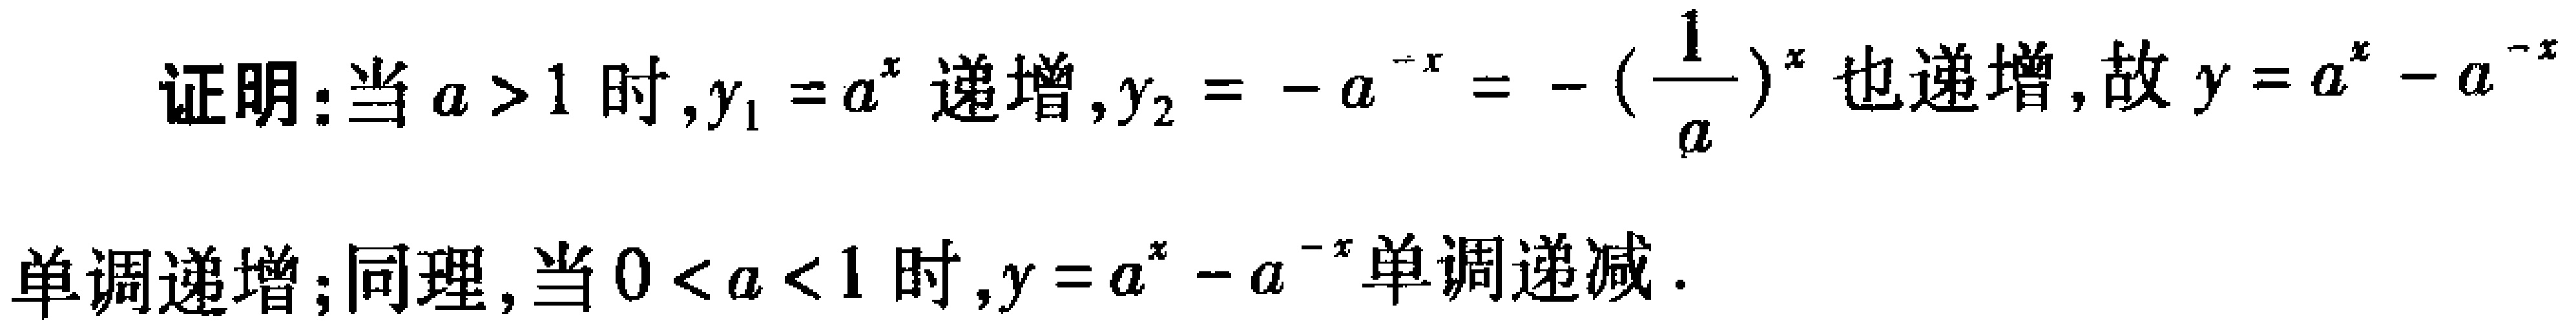
证明：当\(a > 1\)时，\(y_{1}=a^{x}\)递增，\(y_{2}=-a^{-x}=-\left(\frac{1}{a}\right)^{x}\)也递增，故\(y = a^{x}-a^{-x}\)单调递增；同理，当\(0 < a < 1\)时，\(y = a^{x}-a^{-x}\)单调递减.